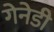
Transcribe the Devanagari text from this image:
गेनेडी